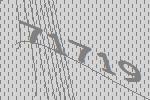
71719